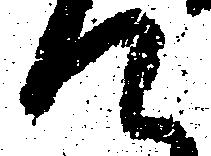
て